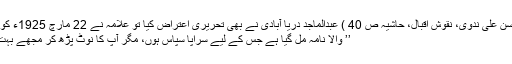
( سید ابوالحسن علی ندوی، نقوش اقبال، حاشیہ ص 40 ) عبدالماجد دریا آبادی نے بھی تحریری اعتراض کیا تو علامہ نے 22 مارچ 1925ء کو جواباً لکھا:
’’ والا نامہ مل گیا ہے جس کے لیے سراپا سپاس ہوں، مگر آپ کا نوٹ پڑھ کر مجھے بہت تعجب ہوا۔